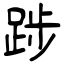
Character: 踄